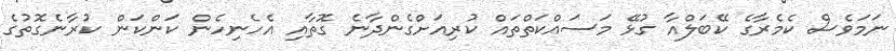
ނަމަވެސް ކެމެރާގެ ކޭބަލްއާ ގުޅޭ މަސައްކަތްތައް ކުރިއަށްގެންދާނެ ގޮތާއި އެހެނިހެން ކަންކަން ކުރާނެގޮތުގެ